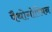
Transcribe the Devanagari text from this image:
पैथोगोरियन